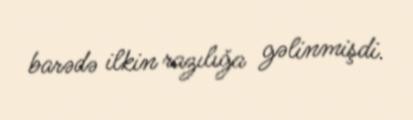
barədə ilkin razılığa gəlinmişdi.